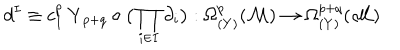
LaTeX: d ^ { I } \equiv c _ { I } ^ { p } \, { \mathbf Y } _ { p + q } \circ \big ( \prod _ { i \in I } \partial _ { i } \big ) : \Omega _ { ( Y ) } ^ { p } ( { \cal M } ) \rightarrow \Omega _ { ( Y ) } ^ { p + q } ( { \cal M } )